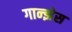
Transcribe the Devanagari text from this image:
गान्झेस